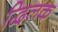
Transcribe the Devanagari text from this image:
द्विलक